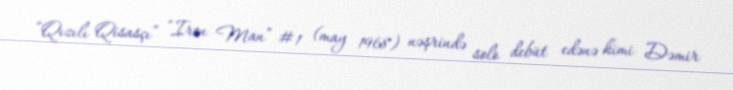
“Qızılı Qisasçı” “Iron Man” #1 (may 1968) nəşrində solo debüt edənə kimi Dəmir